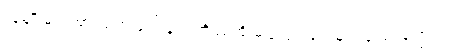
လူမျိုးများအားသတ်ဖြတ်ခြင်း၊အိမ်မဲ့အိုးမဲ့ပြုလုပ်ခြင်းများပြုလုပ်ခဲ့ကြသည်။